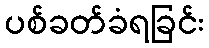
ပစ်ခတ်ခံရခြင်း